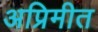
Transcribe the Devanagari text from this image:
अप्रिमीत